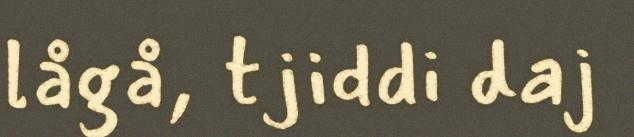
lågå, tjiddi daj